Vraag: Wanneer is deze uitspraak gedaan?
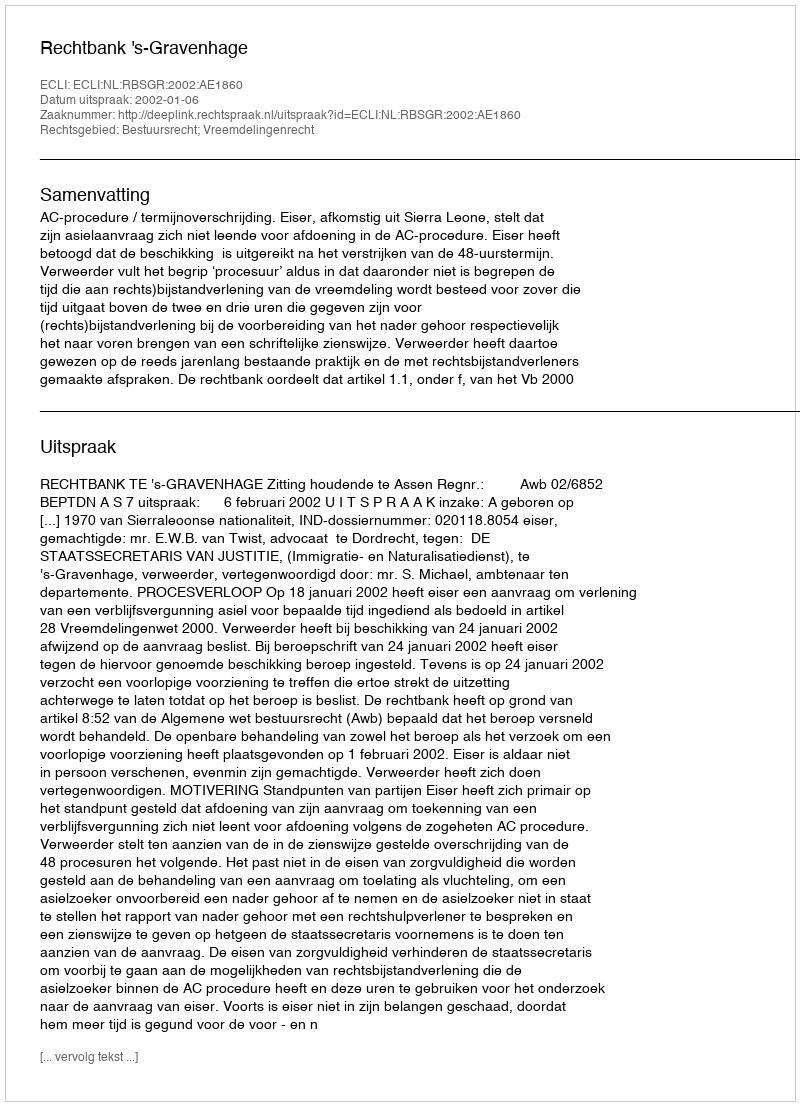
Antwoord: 2002-01-06